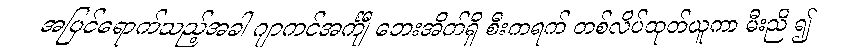
အပြင်ရောက်သည့်အခါ ဂျာကင်အင်္ကျီ ဘေးအိတ်ရှိ စီးကရက် တစ်လိပ်ထုတ်ယူကာ မီးညိ ၍